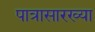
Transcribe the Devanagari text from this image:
पात्रासारख्या